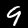
Digit: 9